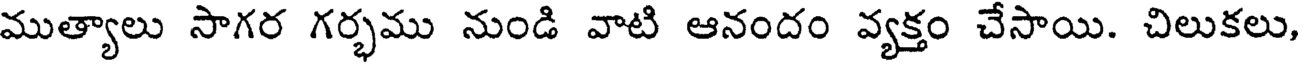
ముత్యాలు సాగర గర్భము నుండి వాటి ఆనందం వ్యక్తం చేసాయి. చిలుకలు,